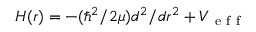
H ( r ) = - ( \hbar ^ { 2 } / 2 \mu ) d ^ { 2 } / d r ^ { 2 } + V _ { \mathrm { ~ e ~ f ~ f ~ } }